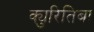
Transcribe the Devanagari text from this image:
क्युरितिबा